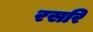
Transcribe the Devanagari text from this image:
रसरि